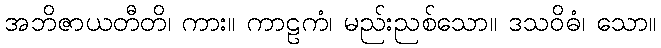
အဘိဇာယတီတိ၊ ကား။ ကာဠကံ၊ မည်းညစ်သော။ ဒသဝိဓံ၊ သော။